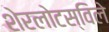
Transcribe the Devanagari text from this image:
शेरलोटस्विले